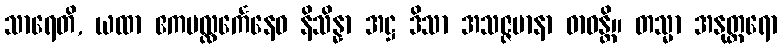
သာရေတိ, ယထာ ဧကပလ္လင်္ကေနေဝ နိသိန္နာ အဋ္ဌ ဒိသာ အသဇ္ဇမာနာ ဓာဝန္တိ။ တသ္မာ အနုတ္တရော